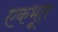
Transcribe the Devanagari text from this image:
एकभूत